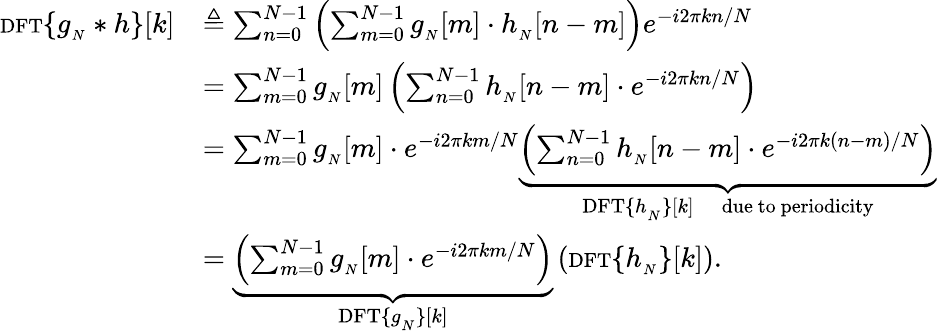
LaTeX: {\begin{array}{rl}{{\scriptstyle\mathrm{{DFT}}}\{ g_{_{N}}*h\} [k]}&{\triangleq\sum_{n=0}^{N-1}\left(\sum_{m=0}^{N-1}g_{_{N}}[m]\cdot h_{_{N}}[n-m]\right)e^{-i2\pi kn/N}}\\ &{=\sum_{m=0}^{N-1}g_{_{N}}[m]\left(\sum_{n=0}^{N-1}h_{_{N}}[n-m]\cdot e^{-i2\pi kn/N}\right)}\\ &{=\sum_{m=0}^{N-1}g_{_{N}}[m]\cdot e^{-i2\pi km/N}\underbrace{\left(\sum_{n=0}^{N-1}h_{_{N}}[n-m]\cdot e^{-i2\pi k(n-m)/N}\right)}_{{\scriptstyle\mathrm{{DFT}}}\{ h_{_{N}}\} [k]\quad\scriptstyle{\mathrm{due~to~periodicity}}}}\\ &{=\underbrace{\left(\sum_{m=0}^{N-1}g_{_{N}}[m]\cdot e^{-i2\pi km/N}\right)}_{{\scriptstyle\mathrm{{DFT}}}\{ g_{_{N}}\} [k]}\left({\scriptstyle\mathrm{{DFT}}}\{ h_{_{N}}\} [k]\right).}\end{array}}